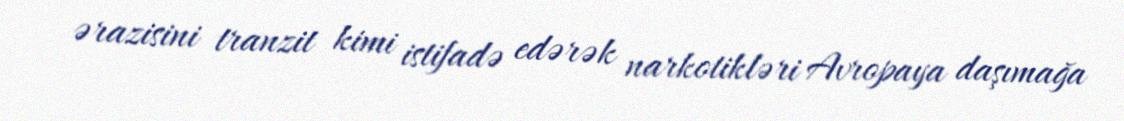
ərazisini tranzit kimi istifadə edərək narkotikləri Avropaya daşımağa